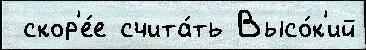
 скор'е́е счита́ть Высо́к'ий